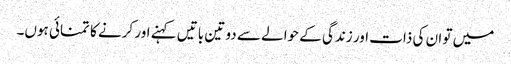
میں تو ان کی ذات اور زندگی کے حوالے سے دو تین باتیں کہنے اور کرنے کا تمنائی ہوں۔